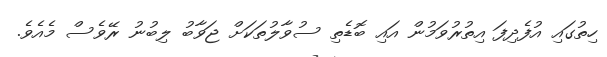
ހިތުގައި އުފެދިފަ އިތުރުވަމުން އައި ބޮޑެތި ސުވާލުތަކަށް ޖަވާބު ލިބުނު ރޭވެސް މެއެވެ.